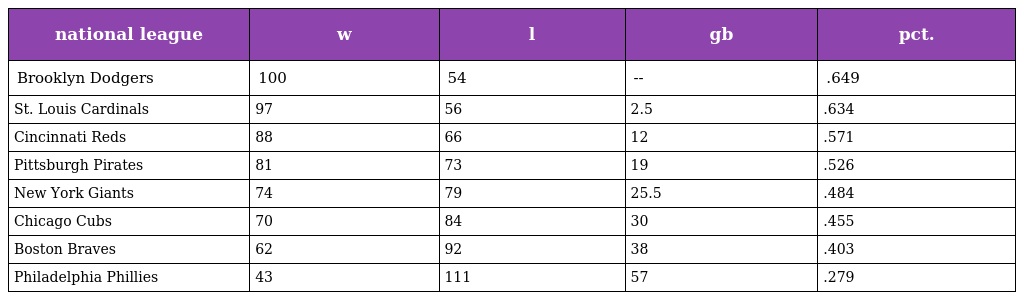
| national league | w | l | gb | pct. |
 | --- | --- | --- | --- | --- |
 | Brooklyn Dodgers | 100 | 54 | -- | .649 |
 | St. Louis Cardinals | 97 | 56 | 2.5 | .634 |
 | Cincinnati Reds | 88 | 66 | 12 | .571 |
 | Pittsburgh Pirates | 81 | 73 | 19 | .526 |
 | New York Giants | 74 | 79 | 25.5 | .484 |
 | Chicago Cubs | 70 | 84 | 30 | .455 |
 | Boston Braves | 62 | 92 | 38 | .403 |
 | Philadelphia Phillies | 43 | 111 | 57 | .279 |